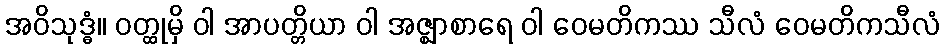
အဝိသုဒ္ဓံ။ ဝတ္ထုမှိ ဝါ အာပတ္တိယာ ဝါ အဇ္ဈာစာရေ ဝါ ဝေမတိကဿ သီလံ ဝေမတိကသီလံ